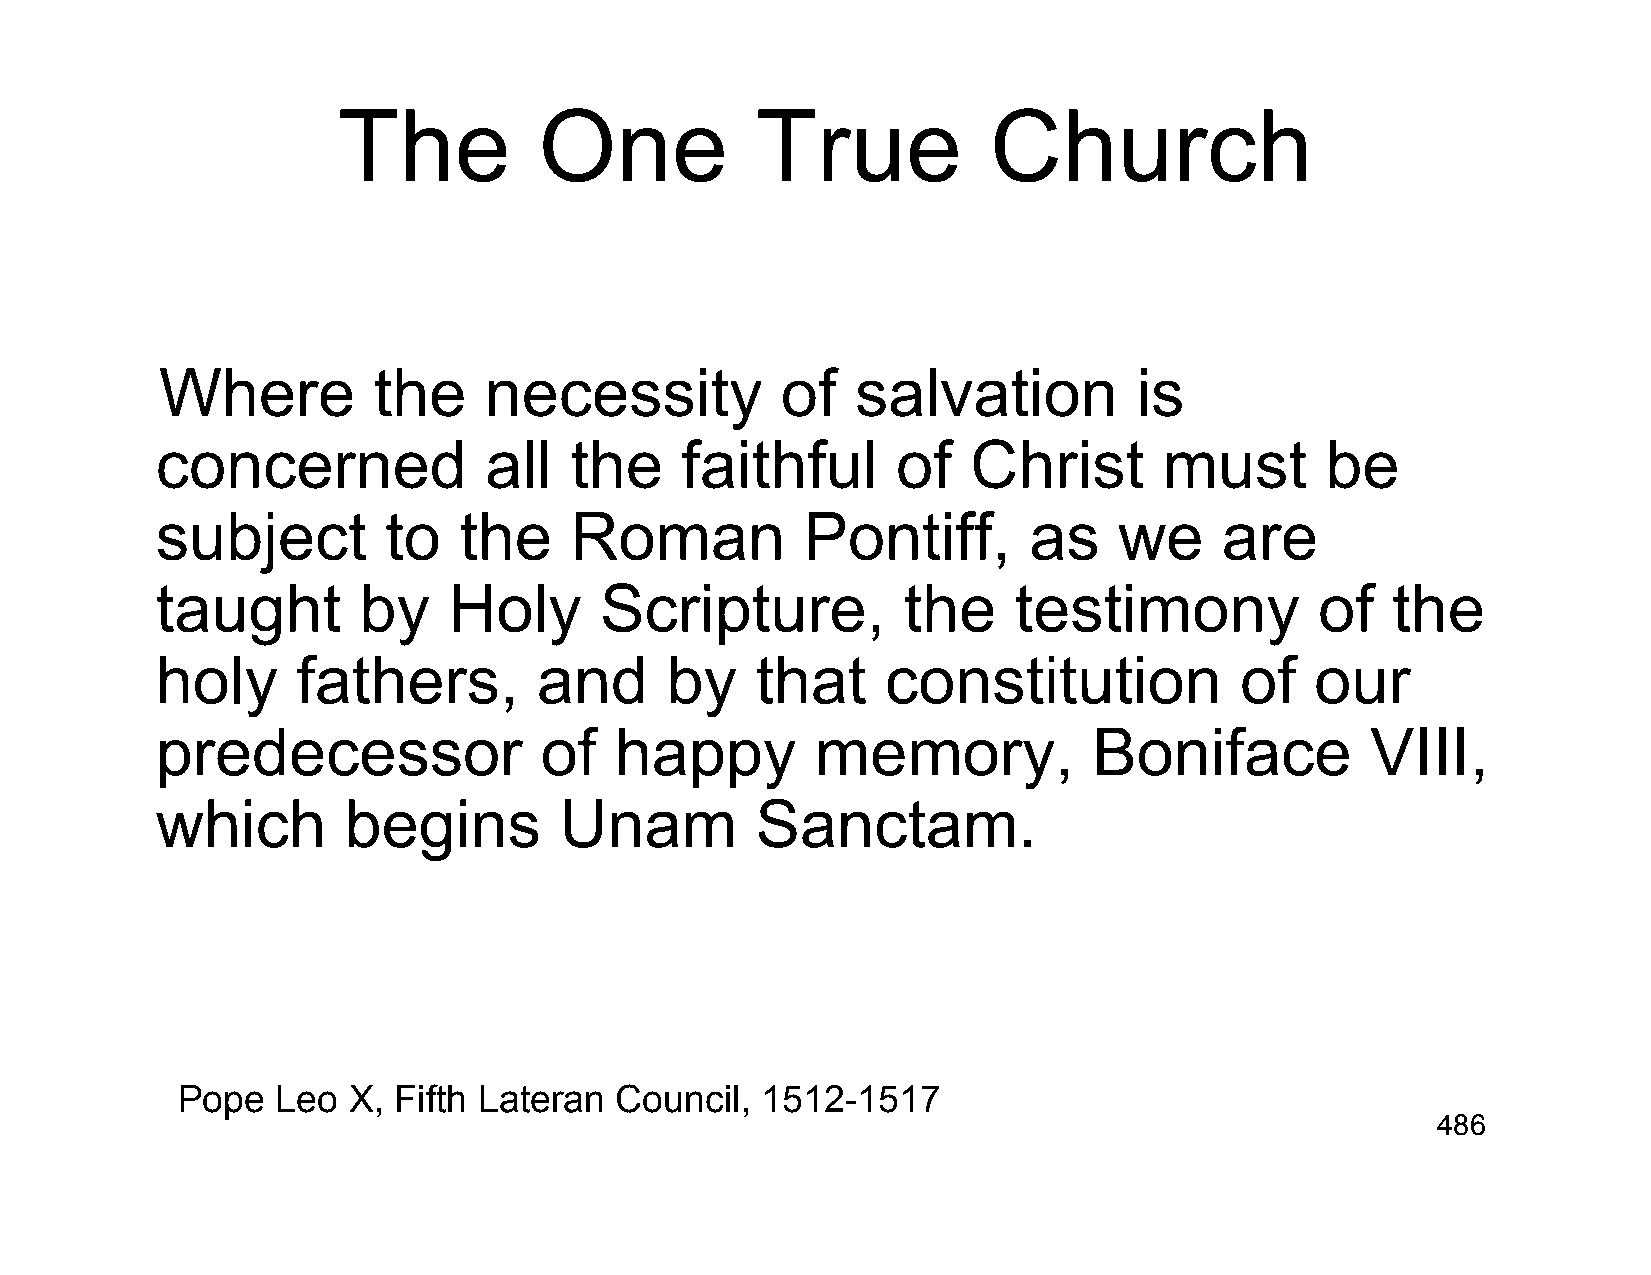
The           One           True           Church
 Where         the    necessity           of   salvation         is
 concerned             all   the    faithful      of   Christ       must       be
 subject        to   the     Roman          Pontiff,       as    we     are
 taught        by    Holy      Scripture,          the    testimony           of   the
 holy      fathers,        and     by    that     constitution           of   our
 predecessor               of   happy        memory,           Boniface           VIII,
 which        begins        Unam         Sanctam.
 Pope  Leo  X, Fifth Lateran  Council, 1512-1517
 486